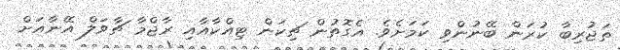
ތަޖުރިބާ ކުރަން ބޭނުންވި ކަމަށެވެ. އެގޮތުން ޗިކަން ޓިއްކާއާއި ރާޖްމާ ޗާވަލް އޭނާއަށް